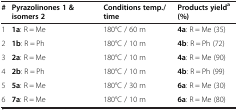
| # | Pyrazolinones 1 & isomers 2 | Conditions temp./time | Products yielda (%) |
 | --- | --- | --- | --- |
 | 1 | 1a: R = Me | 180°C / 60 m | 4a: R = Me (35) |
 | 2 | 1b: R = Ph | 180°C / 10 m | 4b: R = Ph (72) |
 | 3 | 2a: R = Me | 180°C / 10 m | 4a: R = Me (90) |
 | 4 | 2b: R = Ph | 180°C / 10 m | 4b: R = Ph (99) |
 | 5 | 5a: R = Me | 180°C / 30 m | 6a: R = Me (30) |
 | 6 | 7a: R = Me | 180°C / 10 m | 6a: R = Me (80) |